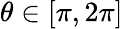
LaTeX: \theta\in[\pi,2\pi]